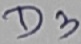
Text: D3